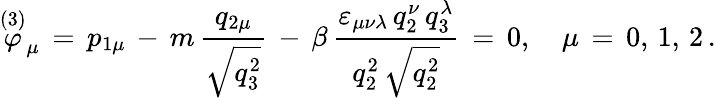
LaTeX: \stackrel{(3)}{\varphi}_{\mu}\, =\, p_{1\mu}\, -\, m\, \frac{q_{2\mu}}{\sqrt{q_{3}^{2}}}\, -\, \beta\, \frac{\varepsilon_{\mu\nu\lambda}\, q_{2}^{\nu}\, q_{3}^{\lambda}}{q_{2}^{2}\, \sqrt{q_{2}^{2}}}\, =\, 0,\quad\mu\, =\, 0,\, 1,\, 2\, {.}